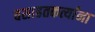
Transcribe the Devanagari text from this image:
वसाहतकर्त्यांना